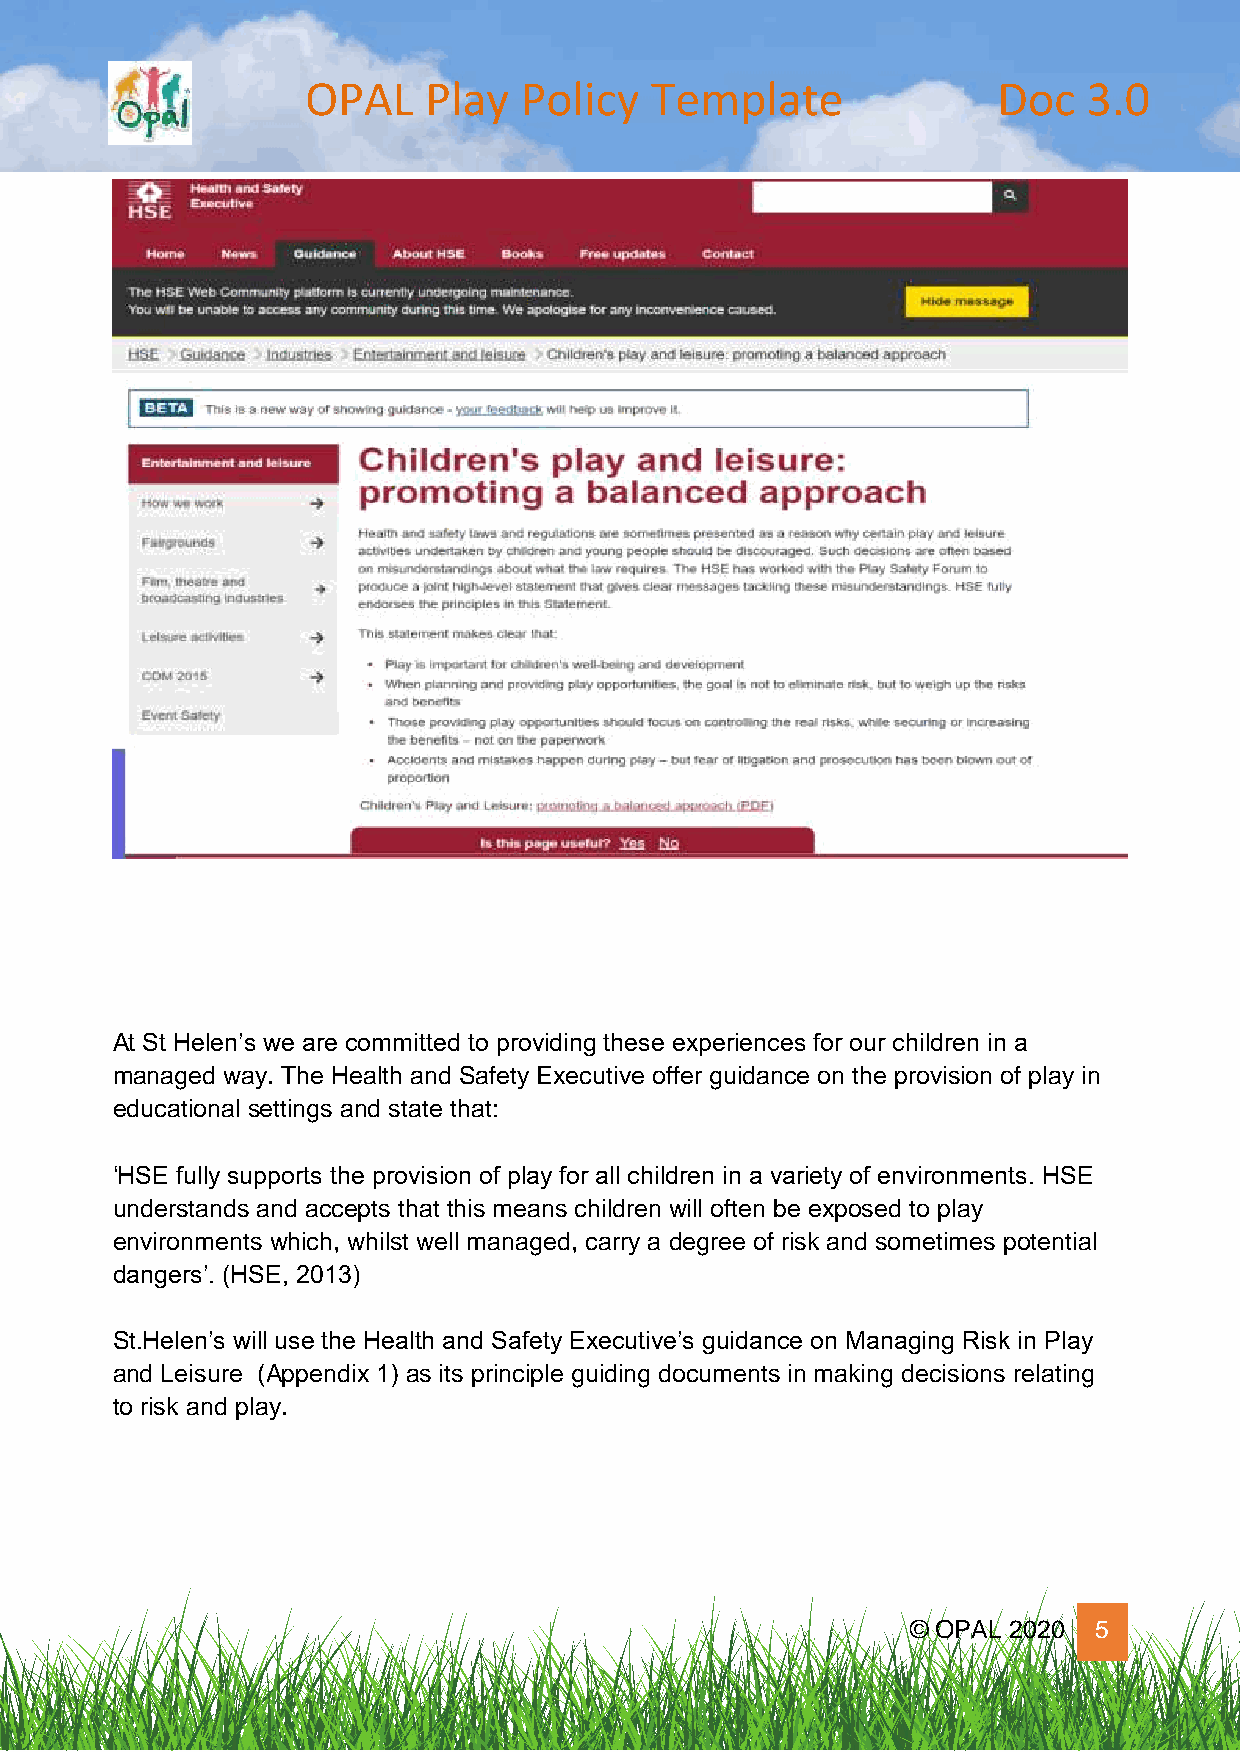
OPAL    Play  Policy   Template               Doc   3.0
 At St Helen’s we are committed to providing these experiences for our children in a
 managed way. The Health and Safety Executive offer guidance on the provision of play in
 educational settings and state that:
 ‘HSE fully supports the provision of play for all children in a variety of environments. HSE
 understands and accepts that this means children will often be exposed to play
 environments which, whilst well managed, carry a degree of risk and sometimes potential
 dangers’. (HSE, 2013)
 St.Helen’s will use the Health and Safety Executive’s guidance on Managing Risk in Play
 and Leisure (Appendix 1) as its principle guiding documents in making decisions relating
 to risk and play.
 © OPAL 2020 5